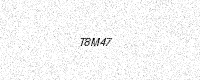
Text: T8M47